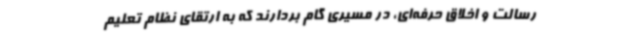
رسالت و اخلاق حرفه‌ای، در مسیری گام بردارند که به ارتقای نظام تعلیم